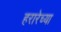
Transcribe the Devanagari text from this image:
हरारेच्या